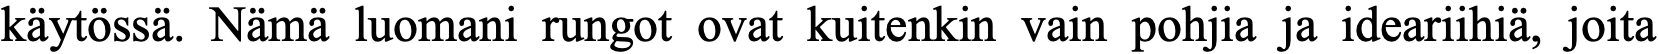
käytössä. Nämä luomani rungot ovat kuitenkin vain pohjia ja ideariihiä, joita